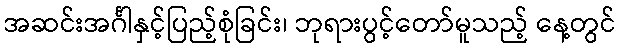
အဆင်းအင်္ဂါနှင့်ပြည့်စုံခြင်း၊ ဘုရားပွင့်တော်မူသည့် နေ့တွင်